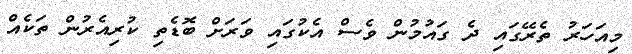
މިއަހަރު ތެރޭގައި ދެ ގައުމުން ވެސް އެކުގައި ވަރަށް ބޮޑެތި ކުރިއެރުން ތަކެއް